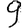
Digit: 9